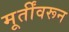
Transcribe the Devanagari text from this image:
मूर्तींवरून